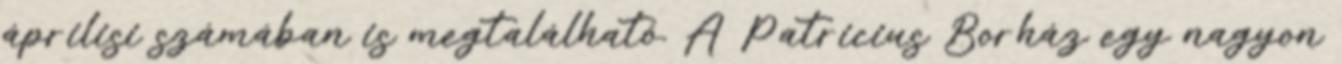
áprilisi számában is megtalálható. A Patricius Borház egy nagyon